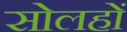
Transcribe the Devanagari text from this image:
सोलहों